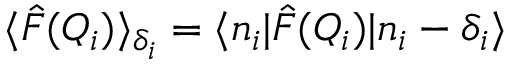
\langle \hat { F } ( Q _ { i } ) \rangle _ { \delta _ { i } } = \langle n _ { i } | \hat { F } ( Q _ { i } ) | n _ { i } - \delta _ { i } \rangle